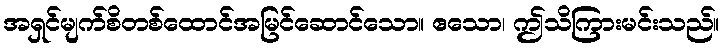
အရှင်မျက်စိတစ်ထောင်အမြင်ဆောင်သော။ ဧသော၊ ဤသိကြားမင်းသည်။